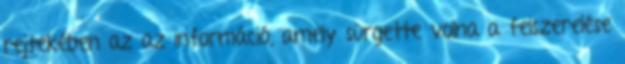
rejtekében az az információ, amely sürgette volna a felszerelése